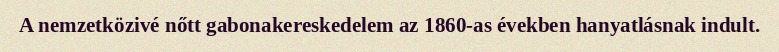
A nemzetközivé nőtt gabonakereskedelem az 1860-as években hanyatlásnak indult.